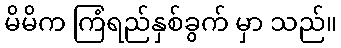
မိမိက ကြံရည်နှစ်ခွက် မှာ သည်။